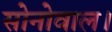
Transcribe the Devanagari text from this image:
सोनोवाल।